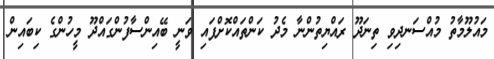
މައުލޫމާތު މުއްސަނދިވި ތިނަދޫ ރައްޔިތުންނާ މެދު ކަންތައްކޮށްފައި ވަނީ ބޭއިންސާފުންގައްދޫ މީހުންގެ ކިބައިން